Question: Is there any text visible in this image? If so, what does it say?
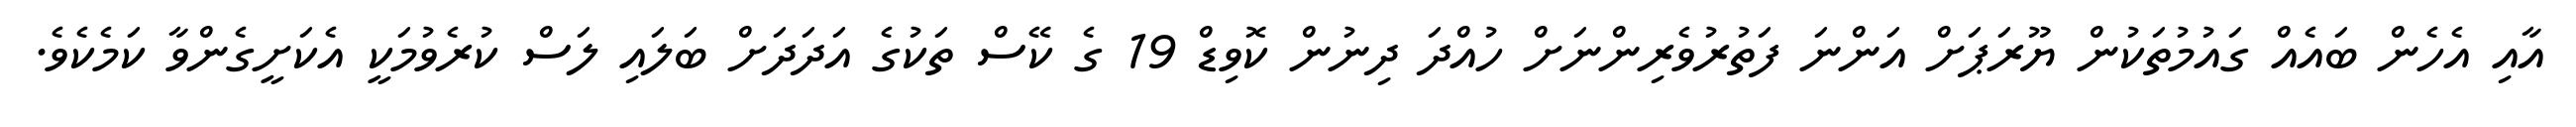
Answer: އާއި އެހެން ބައެއް ގައުމުތަކުން ޔޫރަޕަށް އަންނަ ފަތުރުވެރިންނަށް ހުއްދަ ދިނުން ކޮވިޑް 19 ގެ ކޭސް ތަކުގެ އަދަދަށް ބަލައި ލަސް ކުރެވުމަކީ އެކަށީގެންވާ ކަމެކެވެ.